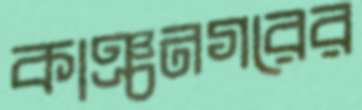
কাঞ্চনগরের